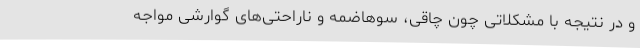
و در نتیجه با مشکلاتی چون چاقی، سو‌هاضمه و ناراحتی‌های گوارشی مواجه